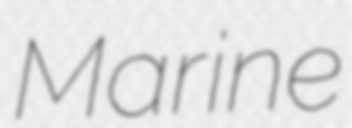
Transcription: Marine